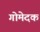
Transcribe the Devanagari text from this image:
गोमेदक